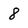
Character: 8